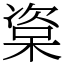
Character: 楶